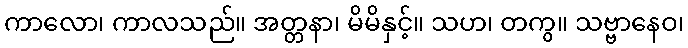
ကာလော၊ ကာလသည်။ အတ္တနာ၊ မိမိနှင့်။ သဟ၊ တကွ။ သဗ္ဗာနေဝ၊